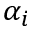
\alpha _ { i }